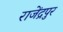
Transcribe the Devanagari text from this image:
राजेंद्रपुर